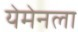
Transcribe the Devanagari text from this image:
येमेनला